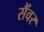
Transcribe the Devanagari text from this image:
सैंवर